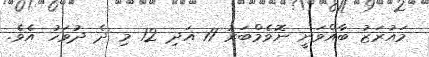
މައުރަޒު ބާއްވަނީ ނޮވެމްބަރު 11 އަދި 12 މި ދެ ދުވަހު އެވެ.